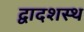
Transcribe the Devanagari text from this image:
द्वादशस्थ